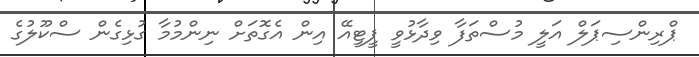
ޕްރިންސިޕަލް އަލީ މުސްތަފާ ވިދާޅުވީ ޕީޓީއޭ އިން އެގޮތަށް ނިންމުމާ ގުޅިގެން ސްކޫލުގެ